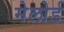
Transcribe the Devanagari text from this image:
मेलोर्ड